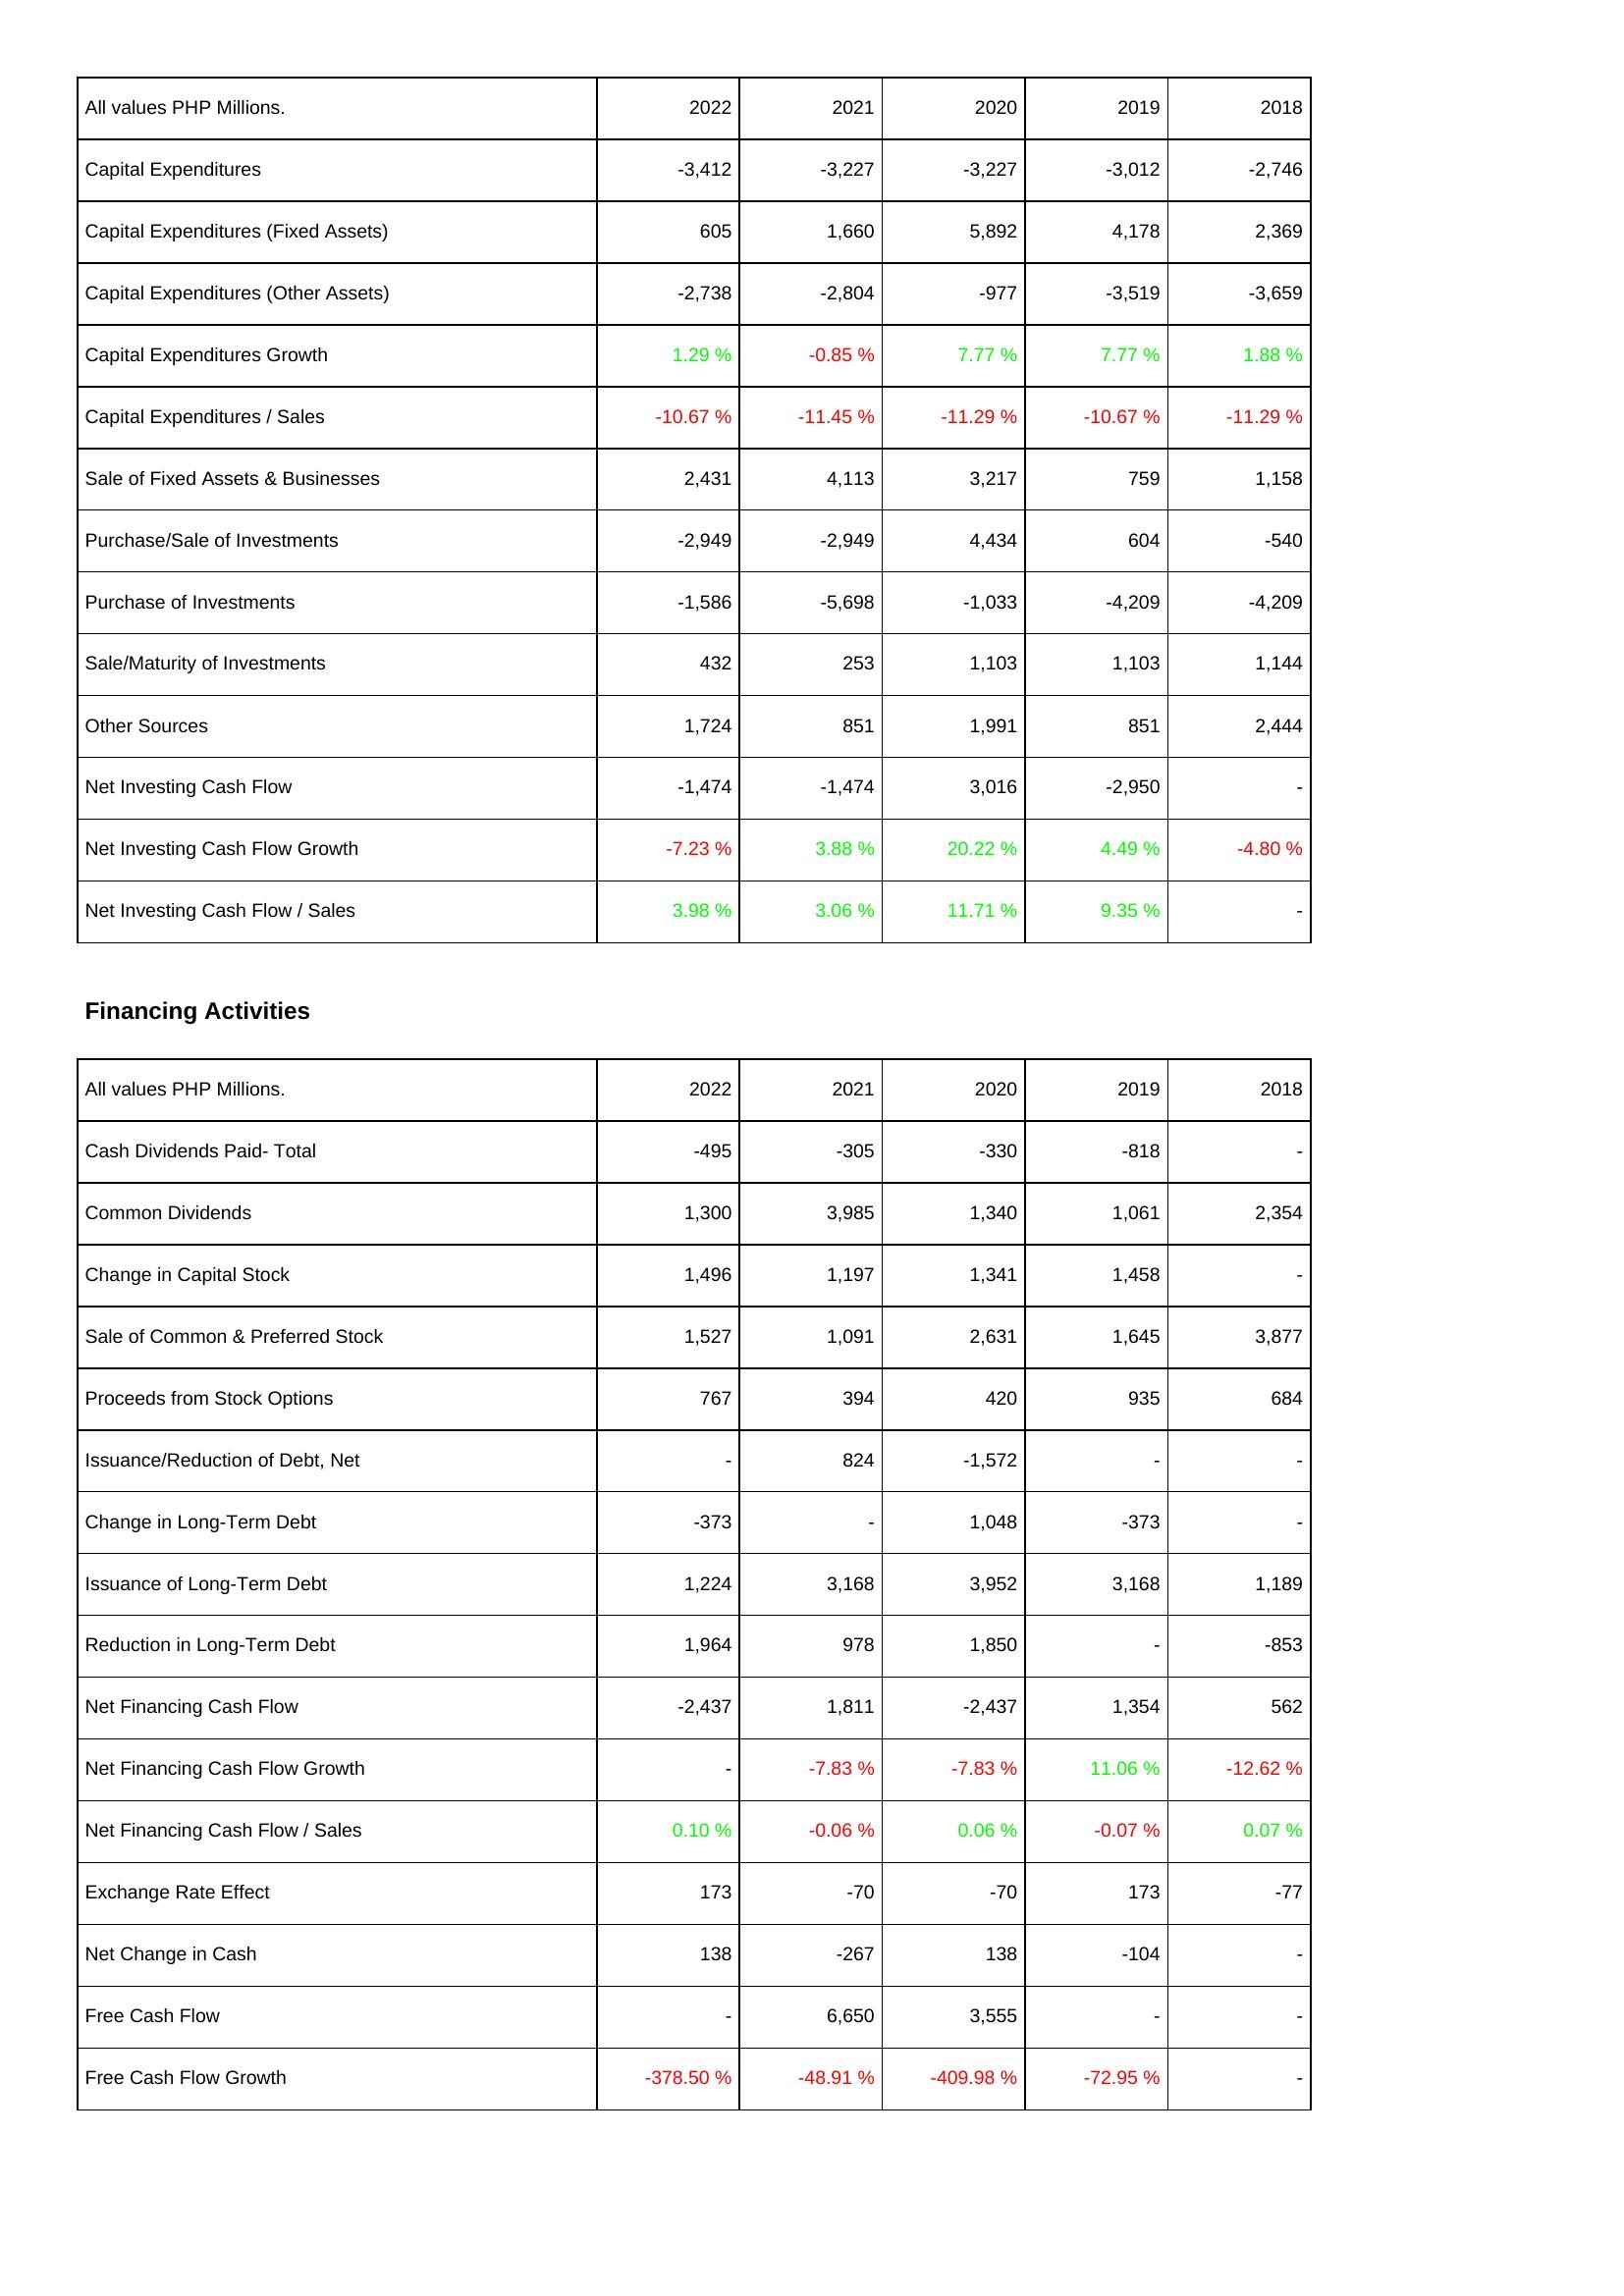
2022: Investing Activities: Capital Expenditures: -3,412
Capital Expenditures (Fixed Assets): 605
Capital Expenditures (Other Assets): -2,738
Capital Expenditures Growth: 1.29 %
Capital Expenditures / Sales: -10.67 %
Sale of Fixed Assets & Businesses: 2,431
Purchase/Sale of Investments: -2,949
Purchase of Investments: -1,586
Sale/Maturity of Investments: 432
Other Sources: 1,724
Net Investing Cash Flow: -1,474
Net Investing Cash Flow Growth: -7.23 %
Net Investing Cash Flow / Sales: 3.98 %
Financing Activities: Cash Dividends Paid- Total: -495
Common Dividends: 1,300
Change in Capital Stock: 1,496
Sale of Common & Preferred Stock: 1,527
Proceeds from Stock Options: 767
Issuance/Reduction of Debt, Net: -
Change in Long-Term Debt: -373
Issuance of Long-Term Debt: 1,224
Reduction in Long-Term Debt: 1,964
Net Financing Cash Flow: -2,437
Net Financing Cash Flow Growth: -
Net Financing Cash Flow / Sales: 0.10 %
Exchange Rate Effect: 173
Net Change in Cash: 138
Free Cash Flow: -
Free Cash Flow Growth: -378.50 %
2021: Investing Activities: Capital Expenditures: -3,227
Capital Expenditures (Fixed Assets): 1,660
Capital Expenditures (Other Assets): -2,804
Capital Expenditures Growth: -0.85 %
Capital Expenditures / Sales: -11.45 %
Sale of Fixed Assets & Businesses: 4,113
Purchase/Sale of Investments: -2,949
Purchase of Investments: -5,698
Sale/Maturity of Investments: 253
Other Sources: 851
Net Investing Cash Flow: -1,474
Net Investing Cash Flow Growth: 3.88 %
Net Investing Cash Flow / Sales: 3.06 %
Financing Activities: Cash Dividends Paid- Total: -305
Common Dividends: 3,985
Change in Capital Stock: 1,197
Sale of Common & Preferred Stock: 1,091
Proceeds from Stock Options: 394
Issuance/Reduction of Debt, Net: 824
Change in Long-Term Debt: -
Issuance of Long-Term Debt: 3,168
Reduction in Long-Term Debt: 978
Net Financing Cash Flow: 1,811
Net Financing Cash Flow Growth: -7.83 %
Net Financing Cash Flow / Sales: -0.06 %
Exchange Rate Effect: -70
Net Change in Cash: -267
Free Cash Flow: 6,650
Free Cash Flow Growth: -48.91 %
2020: Investing Activities: Capital Expenditures: -3,227
Capital Expenditures (Fixed Assets): 5,892
Capital Expenditures (Other Assets): -977
Capital Expenditures Growth: 7.77 %
Capital Expenditures / Sales: -11.29 %
Sale of Fixed Assets & Businesses: 3,217
Purchase/Sale of Investments: 4,434
Purchase of Investments: -1,033
Sale/Maturity of Investments: 1,103
Other Sources: 1,991
Net Investing Cash Flow: 3,016
Net Investing Cash Flow Growth: 20.22 %
Net Investing Cash Flow / Sales: 11.71 %
Financing Activities: Cash Dividends Paid- Total: -330
Common Dividends: 1,340
Change in Capital Stock: 1,341
Sale of Common & Preferred Stock: 2,631
Proceeds from Stock Options: 420
Issuance/Reduction of Debt, Net: -1,572
Change in Long-Term Debt: 1,048
Issuance of Long-Term Debt: 3,952
Reduction in Long-Term Debt: 1,850
Net Financing Cash Flow: -2,437
Net Financing Cash Flow Growth: -7.83 %
Net Financing Cash Flow / Sales: 0.06 %
Exchange Rate Effect: -70
Net Change in Cash: 138
Free Cash Flow: 3,555
Free Cash Flow Growth: -409.98 %
2019: Investing Activities: Capital Expenditures: -3,012
Capital Expenditures (Fixed Assets): 4,178
Capital Expenditures (Other Assets): -3,519
Capital Expenditures Growth: 7.77 %
Capital Expenditures / Sales: -10.67 %
Sale of Fixed Assets & Businesses: 759
Purchase/Sale of Investments: 604
Purchase of Investments: -4,209
Sale/Maturity of Investments: 1,103
Other Sources: 851
Net Investing Cash Flow: -2,950
Net Investing Cash Flow Growth: 4.49 %
Net Investing Cash Flow / Sales: 9.35 %
Financing Activities: Cash Dividends Paid- Total: -818
Common Dividends: 1,061
Change in Capital Stock: 1,458
Sale of Common & Preferred Stock: 1,645
Proceeds from Stock Options: 935
Issuance/Reduction of Debt, Net: -
Change in Long-Term Debt: -373
Issuance of Long-Term Debt: 3,168
Reduction in Long-Term Debt: -
Net Financing Cash Flow: 1,354
Net Financing Cash Flow Growth: 11.06 %
Net Financing Cash Flow / Sales: -0.07 %
Exchange Rate Effect: 173
Net Change in Cash: -104
Free Cash Flow: -
Free Cash Flow Growth: -72.95 %
2018: Investing Activities: Capital Expenditures: -2,746
Capital Expenditures (Fixed Assets): 2,369
Capital Expenditures (Other Assets): -3,659
Capital Expenditures Growth: 1.88 %
Capital Expenditures / Sales: -11.29 %
Sale of Fixed Assets & Businesses: 1,158
Purchase/Sale of Investments: -540
Purchase of Investments: -4,209
Sale/Maturity of Investments: 1,144
Other Sources: 2,444
Net Investing Cash Flow: -
Net Investing Cash Flow Growth: -4.80 %
Net Investing Cash Flow / Sales: -
Financing Activities: Cash Dividends Paid- Total: -
Common Dividends: 2,354
Change in Capital Stock: -
Sale of Common & Preferred Stock: 3,877
Proceeds from Stock Options: 684
Issuance/Reduction of Debt, Net: -
Change in Long-Term Debt: -
Issuance of Long-Term Debt: 1,189
Reduction in Long-Term Debt: -853
Net Financing Cash Flow: 562
Net Financing Cash Flow Growth: -12.62 %
Net Financing Cash Flow / Sales: 0.07 %
Exchange Rate Effect: -77
Net Change in Cash: -
Free Cash Flow: -
Free Cash Flow Growth: -